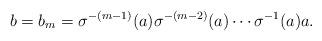
LaTeX: \begin{align*} b=b_m=\sigma^{-(m-1)}(a) \sigma^{-(m-2)}(a)\cdots \sigma^{-1}(a)a. \end{align*}